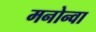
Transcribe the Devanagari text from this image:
मनोन्वा